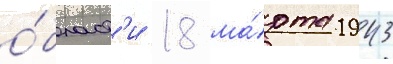
о́бласт'и 18 ма́рта 1943